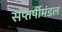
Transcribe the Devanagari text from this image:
सप्तर्षीमंडल